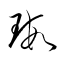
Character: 瑕